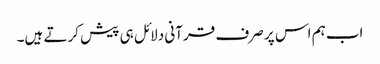
اب ہم اس پر صرف قرآنی دلائل ہی پیش کرتے ہیں۔